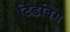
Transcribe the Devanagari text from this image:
टिडविग